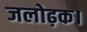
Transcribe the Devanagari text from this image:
जलोढ़क।